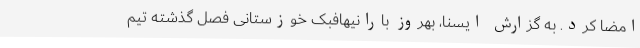
امضا کرد. به گزارش ایسنا، بهروز بارانیهافبک خوزستانی فصل گذشته تیم